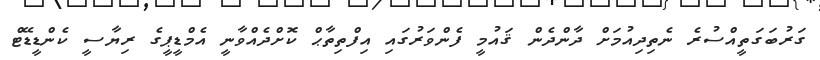
ގަރުބަގަތީއްސުރެ ނެތިދިއުމަށް ދާންދެން ޤައުމީ ފެންވަރުގައި އިފްތިތާޙް ކޮށްދެއްވާނީ އެމްޑީޕީގެ ރިޔާސީ ކެންޑީޑޭޓް